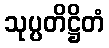
သုပ္ပတိဋ္ဌိတံ